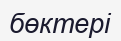
бөктері